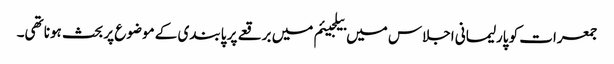
جمعرات کو پارلیمانی اجلاس میں بیلجیئم میں برقعے پر پابندی کے موضوع پر بحث ہونا تھی۔